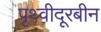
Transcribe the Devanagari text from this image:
पृथ्वीदूरबीन